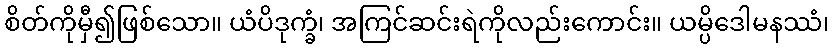
စိတ်ကိုမှီ၍ဖြစ်သော။ ယံပိဒုက္ခံ၊ အကြင်ဆင်းရဲကိုလည်းကောင်း။ ယမ္ပိဒေါမနဿံ၊